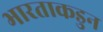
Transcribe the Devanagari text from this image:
भारताकडुन